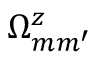
\Omega _ { m m ^ { \prime } } ^ { z }